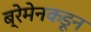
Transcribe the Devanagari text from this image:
ब्रेमेनकडून